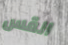
القس